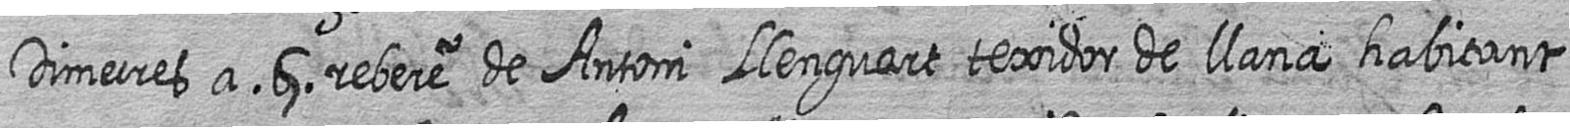
Dimecres a 5 rebere de Antoni Llenguart texidor de llana habitant